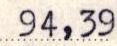
94,39